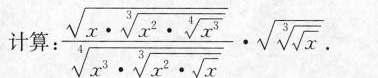
计算：$$: \frac{\sqrt{x \cdot \sqrt[3]{x^{2}\cdot \sqrt[4]{x^{3}}}}}{\sqrt[4]{x^{3}\cdot \sqrt[3]{x^{2}\cdot \sqrt{x}}}}\cdot \sqrt{\sqrt[3]{\sqrt{x}}}.$$